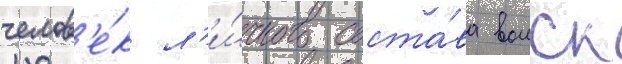
челов'е́к л'и́чного соста́ва воиск